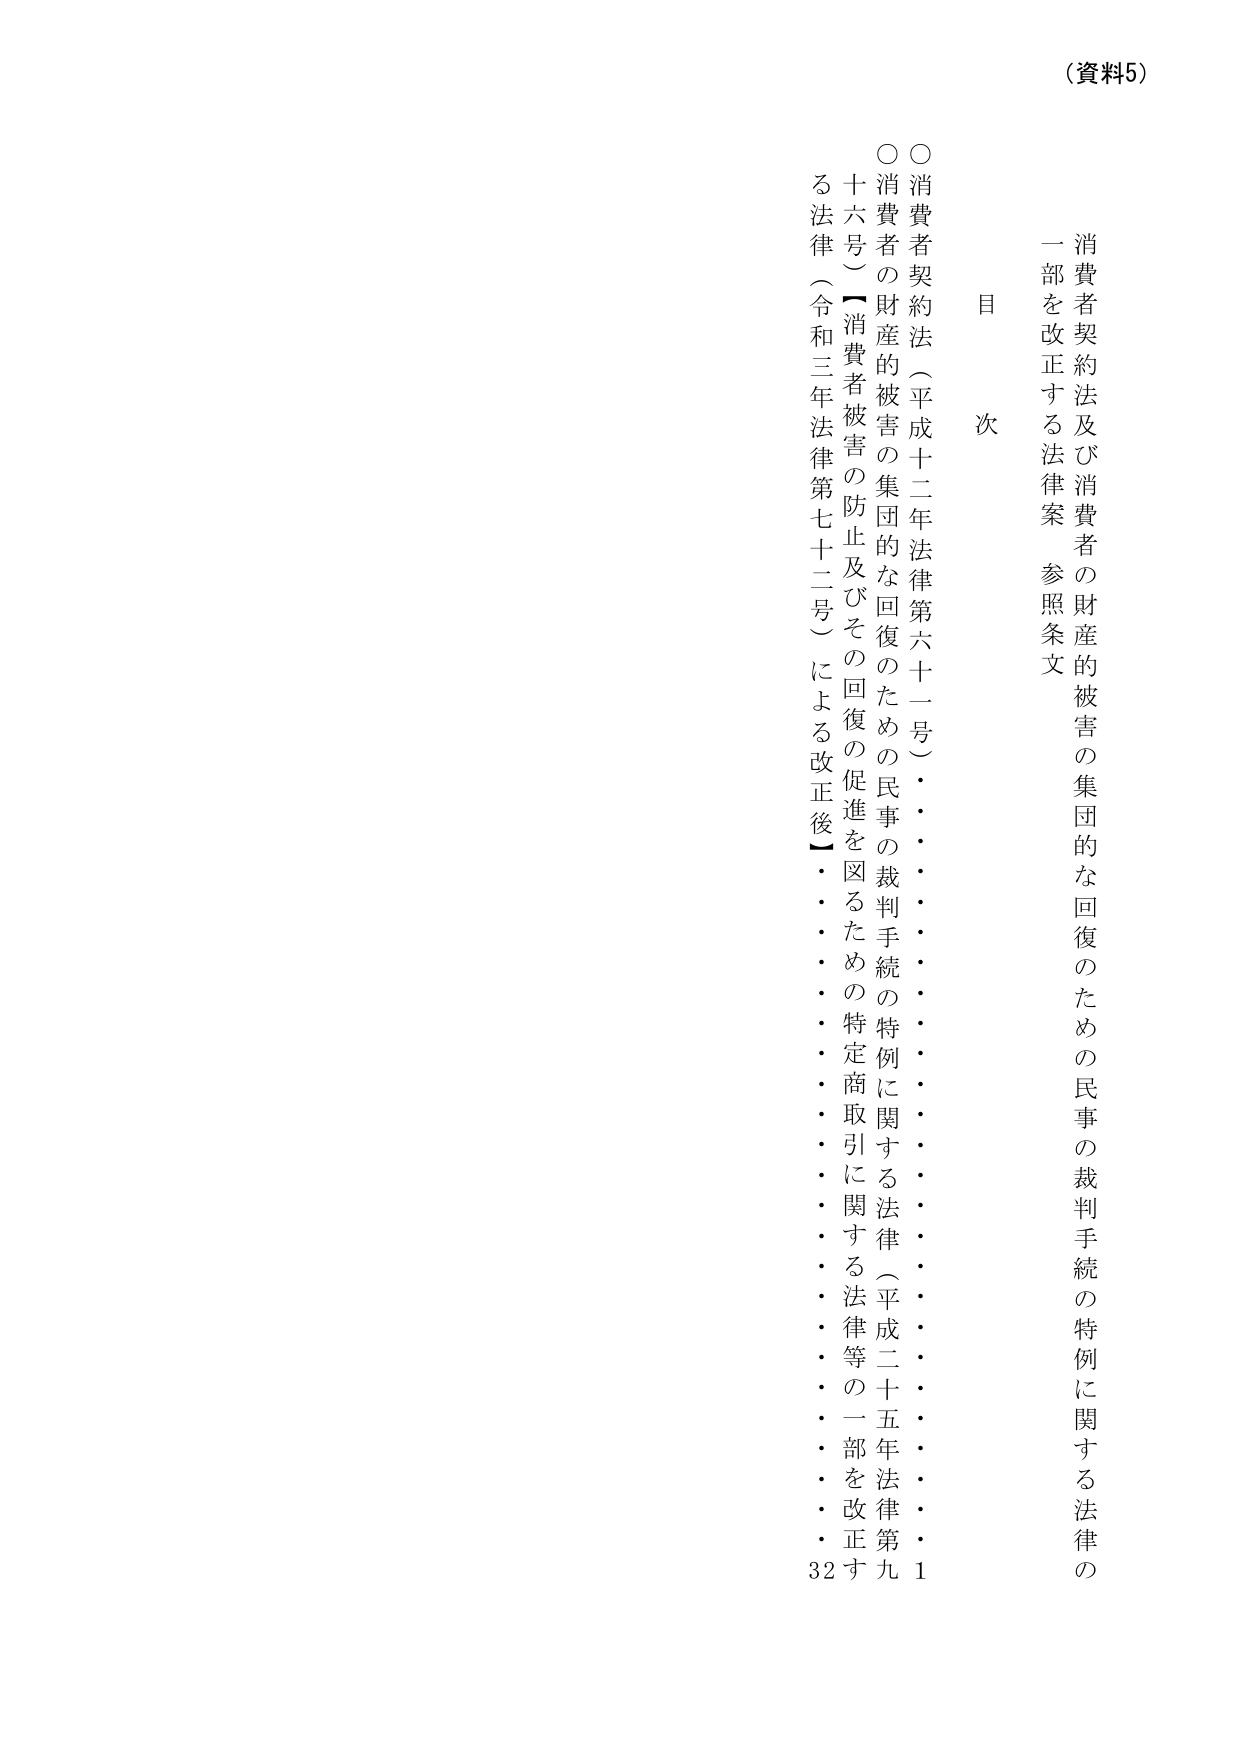
（資料5）

目 次

消費者契約法及び消費者の財産的被害の集団的な回復のための民事の裁判手続の特例に関する法律の一部を改正する法律案 参照条文

○ 消費者契約法（平成十二年法律第六十一号）・・・・・・・・・・・・・・1
○ 消費者の財産的被害の集団的な回復のための民事の裁判手続の特例に関する法律（平成二十五年法律第九十六号）【消費者被害の防止及びその回復の促進を図るための特定商取引に関する法律等の一部を改正する法律（令和三年法律第七十二号）による改正後】・・・・・・・・・・・・・・32